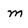
Character: m